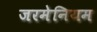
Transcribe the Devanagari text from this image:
जरमेनियम